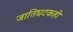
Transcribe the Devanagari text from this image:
जातिघटकही